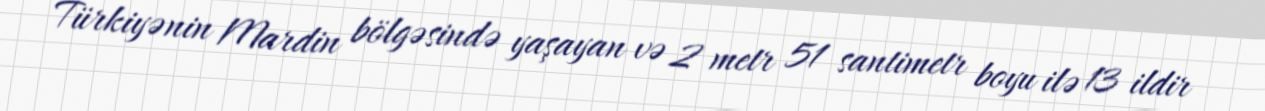
Türkiyənin Mardin bölgəsində yaşayan və 2 metr 51 santimetr boyu ilə 13 ildir